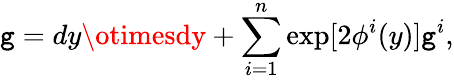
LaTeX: \mathtt{g}=dy\otimesdy+\sum_{i=1}^{n}\exp[2{\phi^{i}}(y)]\mathtt{g}^{i},